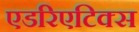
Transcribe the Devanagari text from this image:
एडरिएटिक्स